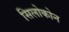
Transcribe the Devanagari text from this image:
सिलोकोन